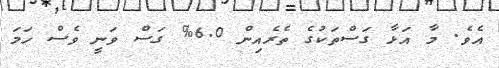
އެވެ. މާ އަޅާ ގަސްތަކުގެ ތެރެއިން 6.0% ގަސް ވަނީ ވެސް ހަމަ